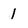
Character: 1